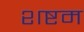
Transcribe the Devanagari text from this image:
शष्टम